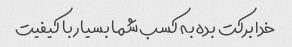
خدا برکت بده به کسب شما بسیار با کیفیت